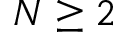
N \geq 2